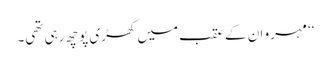
‘‘ مہرو ان کے عقب میں کھڑی پوچھ رہی تھی۔